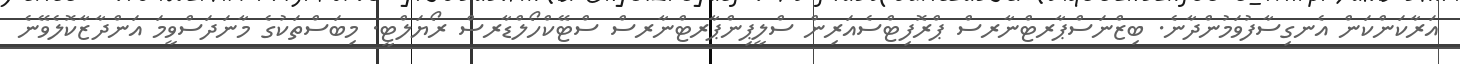
އަރާކަންކަން އެނގިސާފުވަމުންދާނެ. ބިޒްނަސްޕާރޓްނާރސް ޕްރޮފިޓްސެއަރިން ސްލީޕިންޕާރޓްނާރސް ސްޓޭކްހޯލްޑާރސް ރޯޔަލްޓީ. މިބަސްތަކުގެ މާނަދަސްވީމަ އަންދާޒާކޮލެވޭނެ